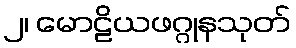
၂၊ မောဠိယဖဂ္ဂုနသုတ်